Indian journal of veterinary science and animal husbandry - Volumes 22-23, 1952-1953
Year: 1952
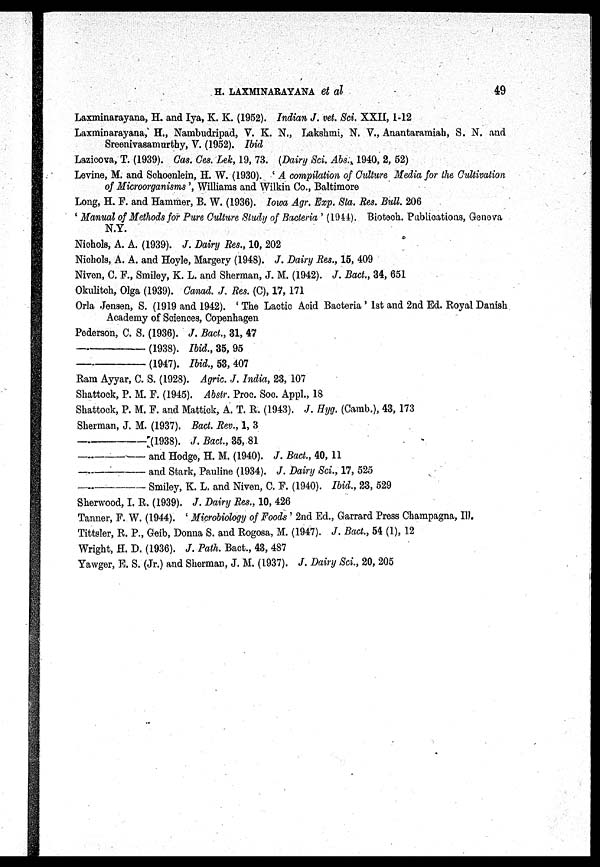
H. LAXMINARAYANA et al
49
Laxminarayana, H. and Iya, K. K. (1952). Indian J. vet. Sci. XXII, 1-12
Laxminarayana, H., Nambudripad, V. K. N., Lakshmi, N. V., Anantaramiah, S. N. and
Sreenivasamurthy, V. (1952). Ibid
Lazicova, T. (1939). Cas. Ces. Lek, 19, 73. (Dairy Sci. Abs., 1940, 2, 52)
Levine, M. and Schoenlein, H. W. (1930). 'A compilation of Culture Media for the Cultivation
of Microorganisms', Williams and Wilkin Co., Baltimore
Long, H. F. and Hammer, B. W. (1936). Iowa Agr. Exp. Sta. Res. Bull. 206
'Manual of Methods for Pure Culture Study of Bacteria' (1944). Biotech. Publications, Geneva
N.Y.
Nichols, A. A. (1939). J. Dairy Res., 10, 202
Nichols, A. A. and Hoyle, Margery (1948). J. Dairy Res., 15, 409
Niven, C. F., Smiley, K. L. and Sherman, J. M. (1942). J. Bact., 34, 651
Okulitch, Olga (1939). Canad. J. Res. (C), 17, 171
Orla Jensen, S. (1919 and 1942). 'The Lactic Acid Bacteria' 1st and 2nd Ed. Royal Danish
Academy of Sciences, Copenhagen
Pederson, C. S. (1936). J. Bact., 31, 47
——(1938).
Ibid.,
35, 95
——(1947).
Ibid.,
53, 407
Ram Ayyar, C. S. (1928). Agric. J. India, 23, 107
Shattock, P. M. F. (1945). Abstr. Proc. Soc. Appl., 18
Shattock, P. M. F. and Mattick, A. T. R. (1943). J. Hyg. (Camb.), 43, 173
Sherman, J. M. (1937). Bact. Rev., 1, 3
——(1938).
J. Bact., 35,81
——and
Hodge, H. M. (1940). J. Bact., 40, 11
——and
Stark, Pauline (1934). J. Dairy Sci., 17, 525
——Smiley,
K. L. and Niven, C. F. (1940). Ibid., 23, 529
Sherwood, I. R. (1939). J. Dairy Res., 10, 426
Tanner, F. W. (1944). 'Microbiology of Foods' 2nd Ed., Garrard Press Champagna, III.
Tittsler, R. P., Geib, Donna S. and Rogosa, M. (1947). J. Bact., 54 (1), 12
Wright, H. D. (1936). J. Path. Bact., 43, 487
Yawger, E. S. (Jr.) and Sherman, J. M. (1937). J. Dairy Sci., 20, 205